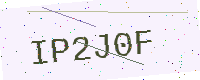
Text: IP2J0F